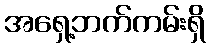
အရှေ့ဘက်ကမ်းရှိ